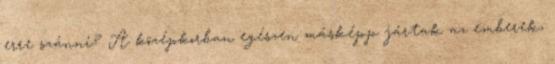
erre szánni? A középkorban egészen másképp jártak az emberek,